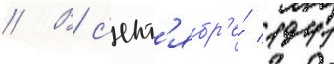
// В с'ент'ябр'е́ 1941